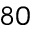
8 0